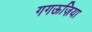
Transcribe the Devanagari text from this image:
गगऊज़िया